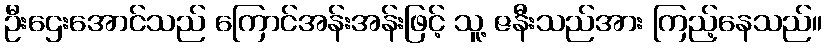
ဦးဌေးအောင်သည် ကြောင်အန်းအန်းဖြင့် သူ့ ဇနီးသည်အား ကြည့်နေသည်။